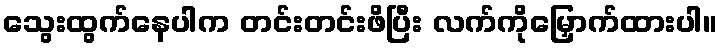
သွေးထွက်နေပါက တင်းတင်းဖိပြီး လက်ကိုမြှောက်ထားပါ။